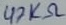
Text: 47KΩ